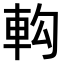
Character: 𨊵